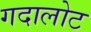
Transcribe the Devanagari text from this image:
गदालोट